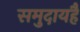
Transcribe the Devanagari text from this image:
समुदायहै